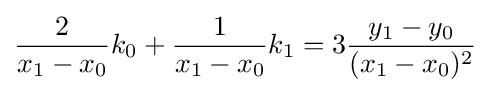
{\frac {2}{x_{1}-x_{0}}}k_{0}+{\frac {1}{x_{1}-x_{0}}}k_{1}=3{\frac {y_{1}-y_{0}}{(x_{1}-x_{0})^{2}}}